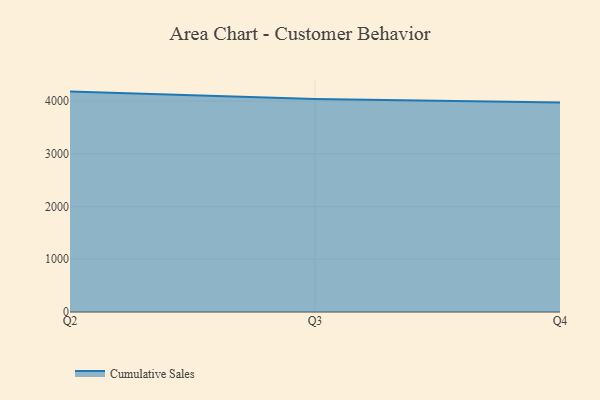
{"axis": {"x": "Quarter", "y": "Inventory Turnover"}, "legend": ["Cumulative Sales"], "data": [{"x": "Q2", "y": 4180.2, "type": "Cumulative Sales"}, {"x": "Q3", "y": 4039.2, "type": "Cumulative Sales"}, {"x": "Q4", "y": 3971.5, "type": "Cumulative Sales"}]}